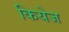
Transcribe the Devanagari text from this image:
कियेज